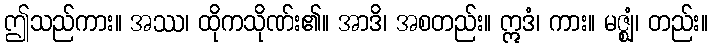
ဤသည်ကား။ အဿ၊ ထိုကသိုဏ်း၏။ အာဒိ၊ အစတည်း။ ဣဒံ၊ ကား။ မဇ္ဈံ၊ တည်း။